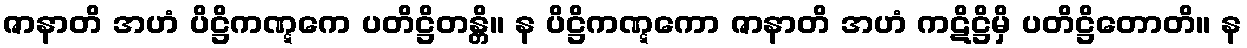
ဇာနာတိ အဟံ ပိဋ္ဌိကဏ္ဋကေ ပတိဋ္ဌိတန္တိ။ န ပိဋ္ဌိကဏ္ဋကော ဇာနာတိ အဟံ ကဋိဋ္ဌိမှိ ပတိဋ္ဌိတောတိ။ န